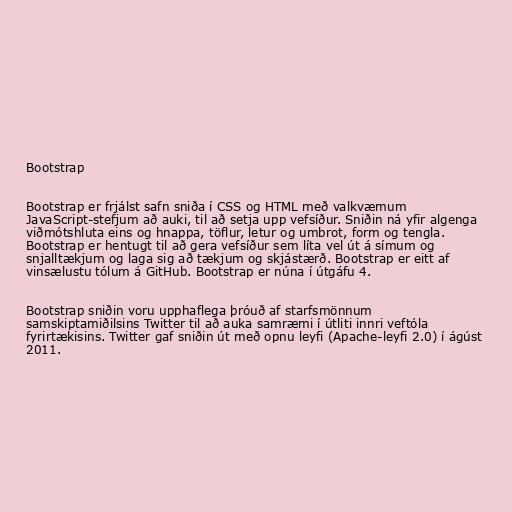
Bootstrap

Bootstrap er frjálst safn sniða í CSS og HTML með valkvæmum
JavaScript-stefjum að auki, til að setja upp vefsíður. Sniðin ná yfir algenga
viðmótshluta eins og hnappa, töflur, letur og umbrot, form og tengla.
Bootstrap er hentugt til að gera vefsíður sem líta vel út á símum og
snjalltækjum og laga sig að tækjum og skjástærð. Bootstrap er eitt af
vinsælustu tólum á GitHub. Bootstrap er núna í útgáfu 4.

Bootstrap sniðin voru upphaflega þróuð af starfsmönnum
samskiptamiðilsins Twitter til að auka samræmi í útliti innri veftóla
fyrirtækisins. Twitter gaf sniðin út með opnu leyfi (Apache-leyfi 2.0) í ágúst
2011.